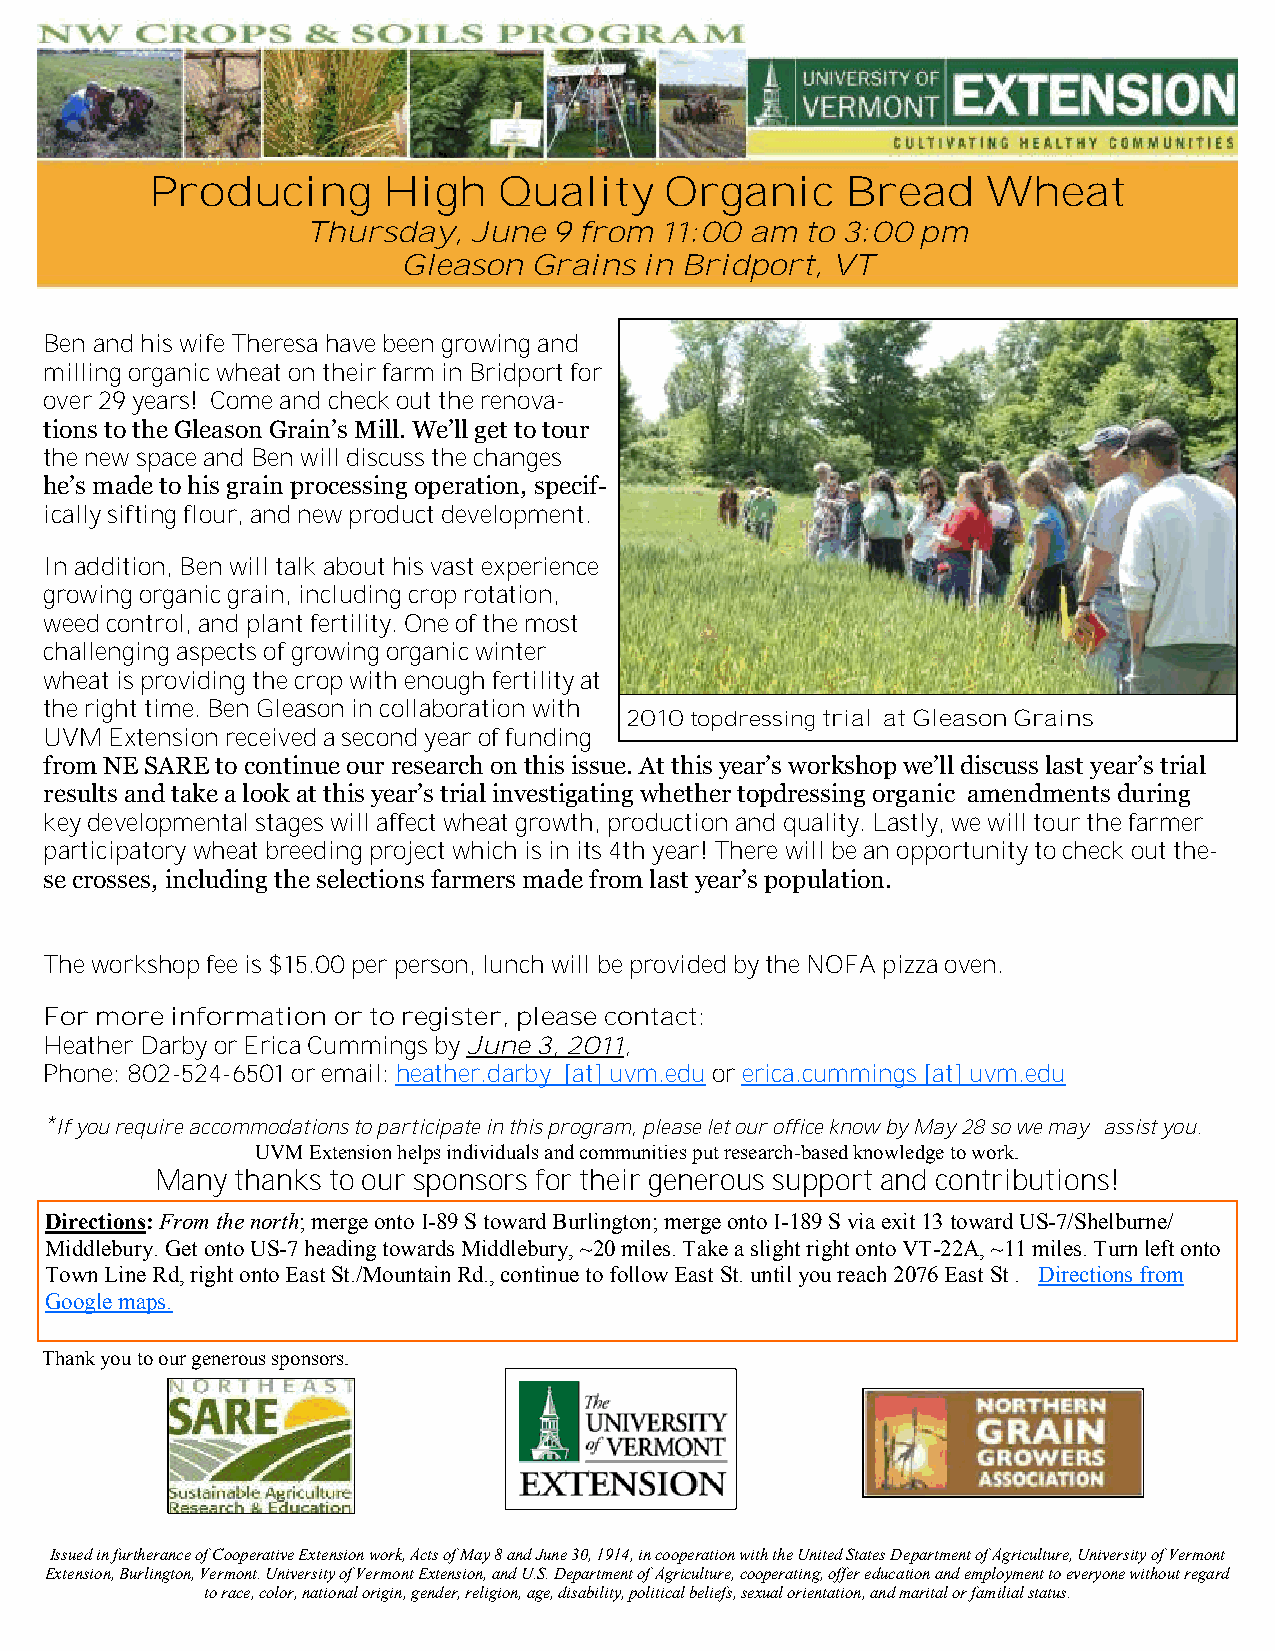
Producing      High    Quality    Organic     Bread    Wheat
 Thursday,  June  9 from 11:00 am to 3:00 pm
 Gleason Grains  in Bridport, VT
 Ben and his wife Theresa have been growing and
 milling organic wheat on their farm in Bridport for
 over 29 years! Come and check out the renova-
 tions to the Gleason Grain’s Mill. We’ll get to tour
 the new space and Ben will discuss the changes
 he’s made to his grain processing operation, specif-
 ically sifting flour, and new product development.
 In addition, Ben will talk about his vast experience
 growing organic grain, including crop rotation,
 weed control, and plant fertility. One of the most
 challenging aspects of growing organic winter
 wheat is providing the crop with enough fertility at
 the right time. Ben Gleason in collaboration with
 2010 topdressing trial at Gleason Grains
 UVM Extension received a second year of funding
 from NE SARE to continue our research on this issue. At this year’s workshop we’ll discuss last year’s trial
 results and take a look at this year’s trial investigating whether topdressing organic amendments during
 key developmental stages will affect wheat growth, production and quality. Lastly, we will tour the farmer
 participatory wheat breeding project which is in its 4th year! There will be an opportunity to check out the-
 se crosses, including the selections farmers made from last year’s population.
 The workshop fee is $15.00 per person, lunch will be provided by the NOFA pizza oven.
 For more information or to register, please contact:
 Heather Darby or Erica Cummings by June 3, 2011,
 Phone: 802-524-6501 or email: heather.darby [at] uvm.edu or erica.cummings [at] uvm.edu
 *If you require accommodations to participate in this program, please let our office know by May 28 so we may assist you.
 UVM Extension helps individuals and communities put research-based knowledge to work.
 Many  thanks to our sponsors for their generous support and contributions!
 Directions: From the north; merge onto I-89 S toward Burlington; merge onto I-189 S via exit 13 toward US-7/Shelburne/
 Middlebury. Get onto US-7 heading towards Middlebury, ~20 miles. Take a slight right onto VT-22A, ~11 miles. Turn left onto
 Town Line Rd, right onto East St./Mountain Rd., continue to follow East St. until you reach 2076 East St . Directions from
 Google maps.
 Thank you to our generous sponsors.
 Issued in furtherance of Cooperative Extension work, Acts of May 8 and June 30, 1914, in cooperation with the United States Department of Agriculture, University of Vermont
 Extension, Burlington, Vermont. University of Vermont Extension, and U.S. Department of Agriculture, cooperating, offer education and employment to everyone without regard
 to race, color, national origin, gender, religion, age, disability, political beliefs, sexual orientation, and marital or familial status.